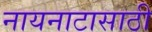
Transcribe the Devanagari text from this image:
नायनाटासाठी